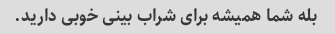
بله شما همیشه برای شراب بینی خوبی دارید.